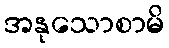
အနုသောစာမိ